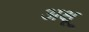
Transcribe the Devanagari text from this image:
अक्षू